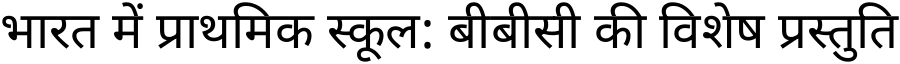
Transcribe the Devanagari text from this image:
भारत में प्राथमिक स्कूल: बीबीसी की विशेष प्रस्तुति